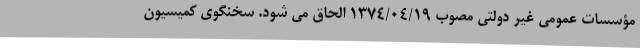
مؤسسات عمومی غیر دولتی مصوب 1374/04/19 الحاق می شود. سخنگوی کمیسیون